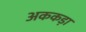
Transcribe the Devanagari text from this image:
अककड़ा